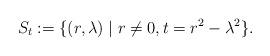
LaTeX: \begin{align*}S_t:=\{(r,\lambda) \mid r\neq 0, t=r^2-\lambda^2\}.\end{align*}